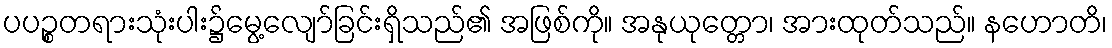
ပပဉ္စတရားသုံးပါး၌မွေ့လျော်ခြင်းရှိသည်၏ အဖြစ်ကို။ အနုယုတ္တော၊ အားထုတ်သည်။ နဟောတိ၊